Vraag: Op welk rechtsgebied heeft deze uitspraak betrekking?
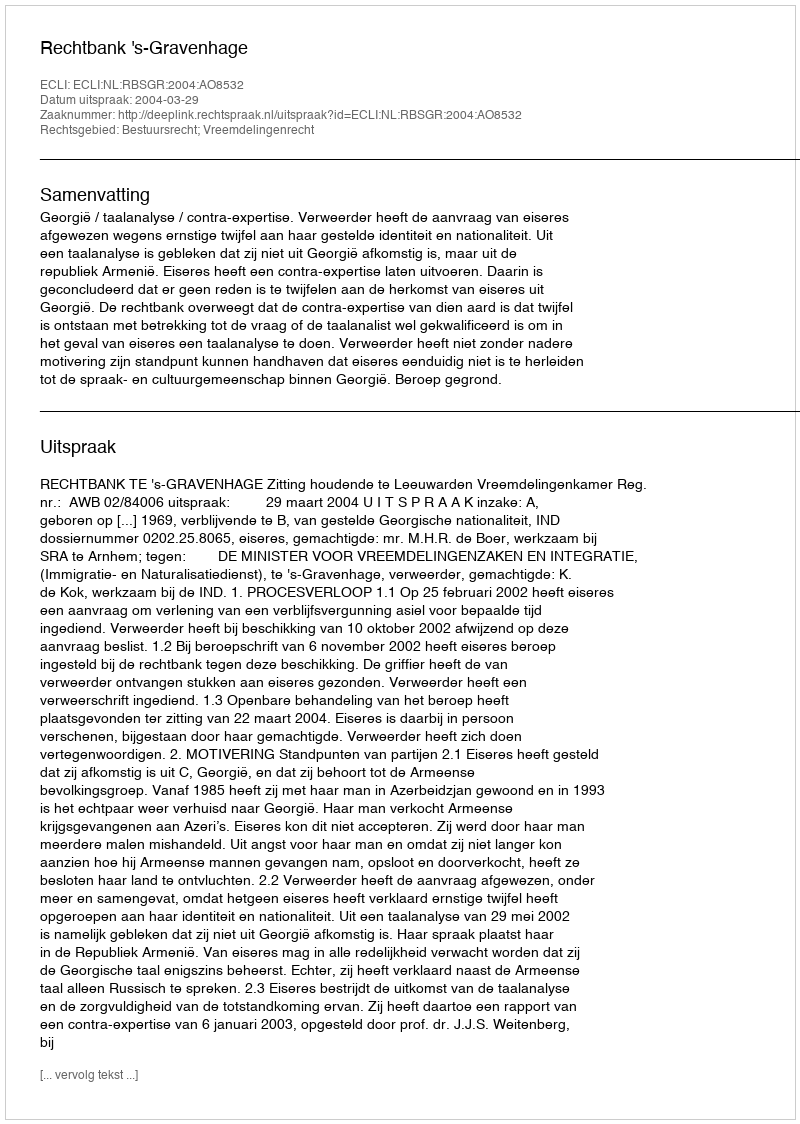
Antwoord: Bestuursrecht; Vreemdelingenrecht